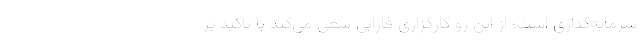
سرمایه‌گذاری است؛ از این رو کارگزاری فارابی سعی می‌کند با تاکید بر